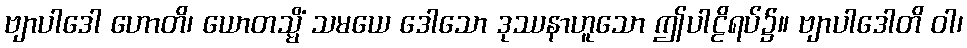
ဗျာပါဒေါ ဟောတိ၊ ယောတသ္မိံ သမယေ ဒေါသော ဒုဿနာဟူသော ဤပါဠိရပ်၌။ ဗျာပါဒေါတိ ဝါ၊